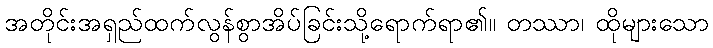
အတိုင်းအရှည်ထက်လွန်စွာအိပ်ခြင်းသို့ရောက်ရာ၏။ တဿာ၊ ထိုများသော